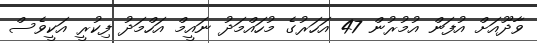
ވާދޫއަށް އުފަން އުމުރުން 47 އަހަރުގެ މުހައްމަދު ނައީމް އަހްމަދު ފިކުރީ އަކީވެސް